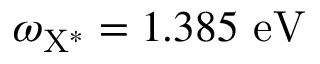
\omega _ { \mathrm { { X ^ { * } } } } = 1 . 3 8 5 ~ \mathrm { { e V } }